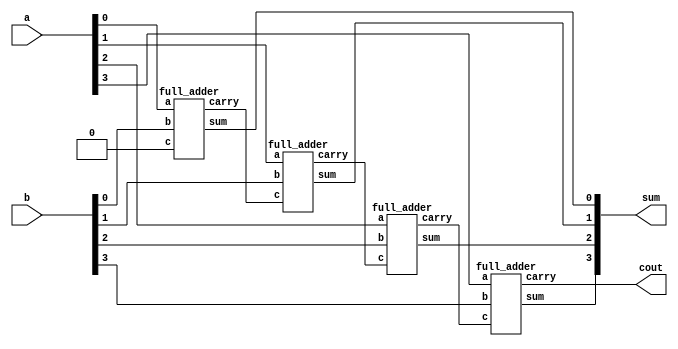

module rippel_carry(sum,cout,a,b);
input [3:0] a,b;
output [3:0] sum;
output cout;


wire w1,w2,w3;

full_adder u1(sum[0],w1,a[0],b[0],1'b0);
full_adder u2(sum[1],w2,a[1],b[1],w1);
full_adder u3(sum[2],w3,a[2],b[2],w2);
full_adder u4(sum[3],cout,a[3],b[3],w3);

endmodule


module full_adder(sum,carry,a,b,c);

input wire a,b,c;
output wire sum;
output carry;

assign sum=a^b^c;
assign carry=b*c+a*b+c*a;
endmodule